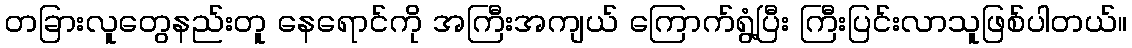
တခြားလူတွေနည်းတူ နေရောင်ကို အကြီးအကျယ် ကြောက်ရွံ့ပြီး ကြီးပြင်းလာသူဖြစ်ပါတယ်။